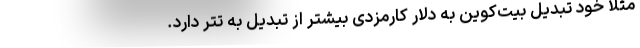
مثلا خود تبدیل بیت‌کوین به دلار کارمزدی بیشتر از تبدیل به تتر دارد.